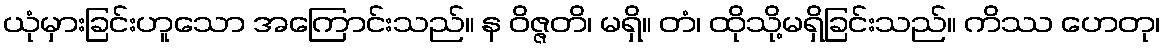
ယုံမှားခြင်းဟူသော အကြောင်းသည်။ န ဝိဇ္ဇတိ၊ မရှိ။ တံ၊ ထိုသို့မရှိခြင်းသည်။ ကိဿ ဟေတု၊